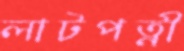
লাটপত্নী